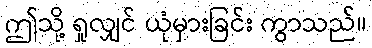
ဤသို့ ရှုလျှင် ယုံမှားခြင်း ကွာသည်။